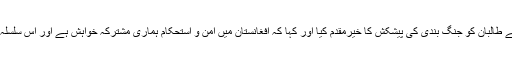
پاکستان کے صدر ممنون حسین نے اپنے خطاب میں افغان صدر کی جانب سے طالبان کو جنگ بندی کی پیشکش کا خیرمقدم کیا اور کہا کہ افغانستان میں امن و استحکام ہماری مشترکہ خواہش ہے اور اس سلسلہ میں شنگھائی تعاون تنظیم کے تحت افغان رابطہ گروپ کا قیام خوش آئند ہے۔